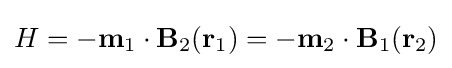
H=-\mathbf {m} _{1}\cdot {\mathbf {B} }_{2}({\mathbf {r} }_{1})=-\mathbf {m} _{2}\cdot {\mathbf {B} }_{1}({\mathbf {r} }_{2})